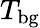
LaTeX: T_{\mathrm{bg}}